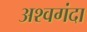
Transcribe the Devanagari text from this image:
अश्वगंदा